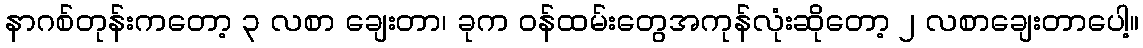
နာဂစ်တုန်းကတော့ ၃ လစာ ချေးတာ၊ ခုက ဝန်ထမ်းတွေအကုန်လုံးဆိုတော့ ၂ လစာချေးတာပေါ့။